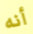
أنه